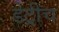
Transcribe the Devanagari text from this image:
डेट्रीच